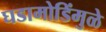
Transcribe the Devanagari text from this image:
घडामोडिंमुळे